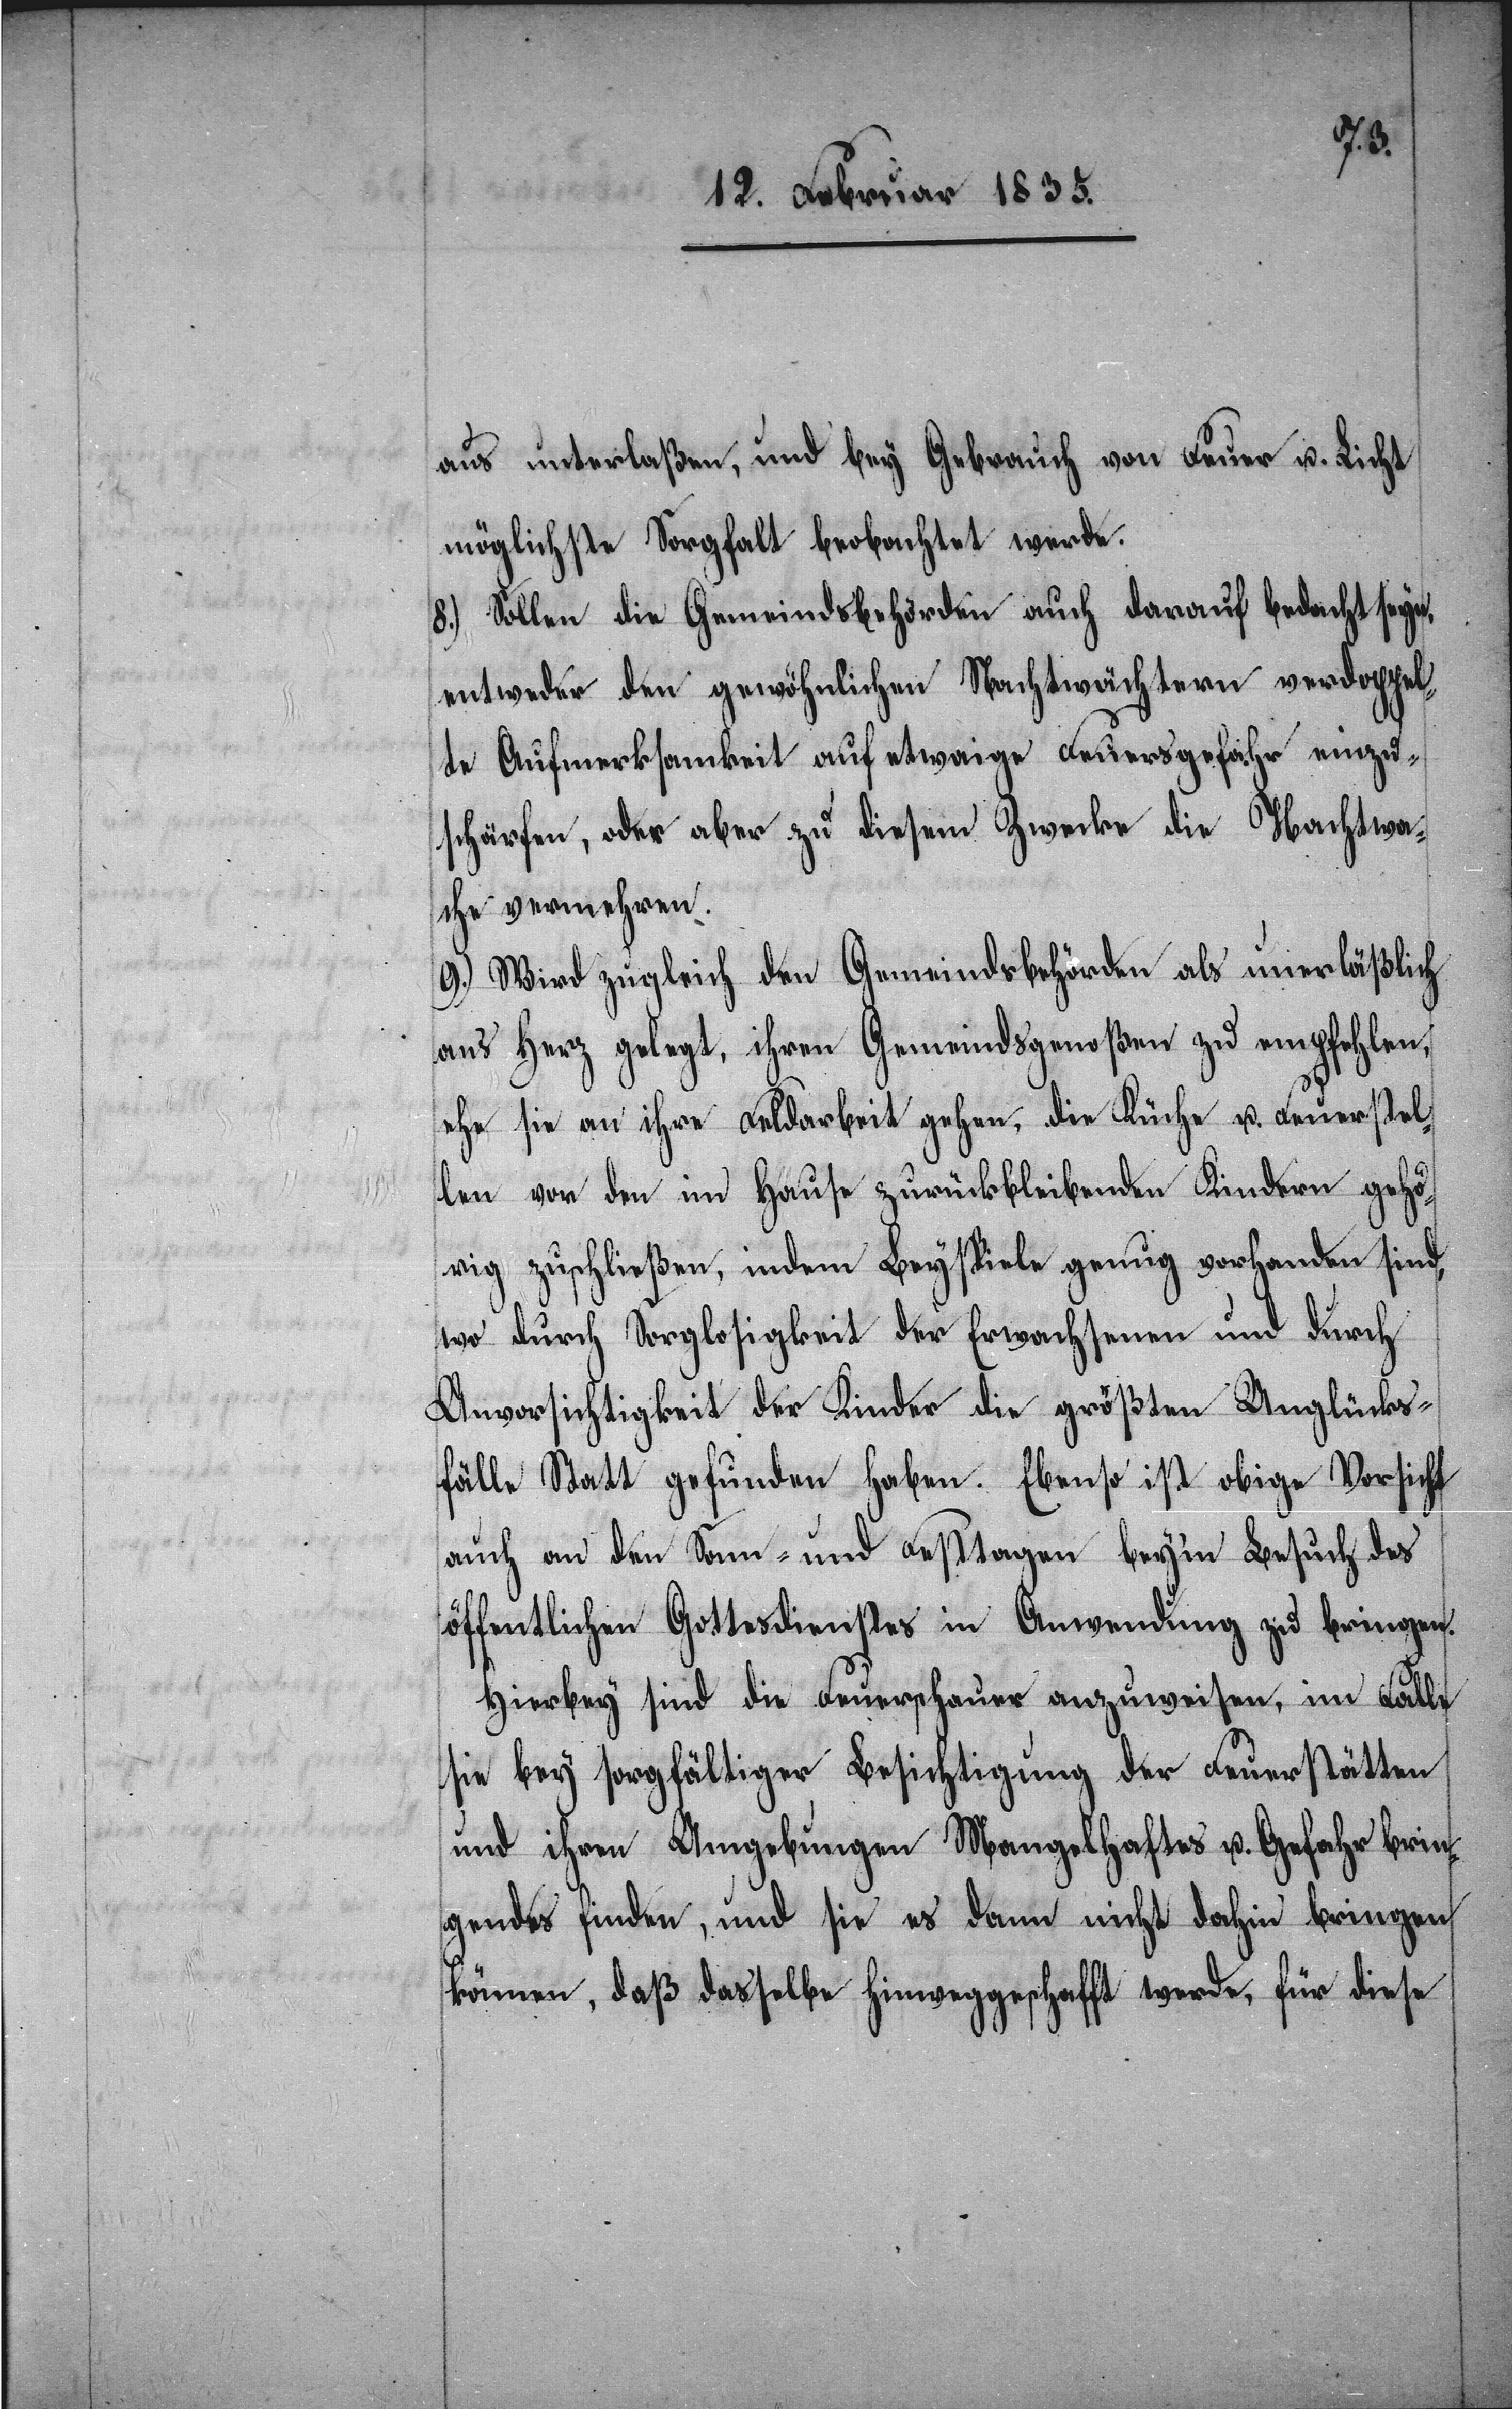
aus unterlaßen, und bey Gebrauch von Feuer u. Licht
möglichste Sorgfalt beobachtet werde.
8.) Sollen die Gemeindsbehörden auch darauf bedacht seyn,
entweder den gewöhnlichen Nachtwächtern verdoppel¬
te Aufmerksamkeit auf etwaige Feuersgefahr einzu¬
schärfen, oder aber zu diesem Zwecke die Nachtwa¬
che vermehren.
9.) Wird zugleich den Gemeindsbehörden als unerläßlich
ans Herz gelegt, ihren Gemeindsgenoßen zu empfehlen,
ehe sie an ihre Feldarbeit gehen, die Küche u. Feuerstel¬
le von den im Hause zurückbleibenden Kindern gehö¬
rig zuschließen, indem Beyspiele genug vorhanden sind,
wo durch Sorglosigkeit der Erwachsenen und durch
Unvorsichtigkeit der Kinder die größten Unglücks¬
fälle Statt gefunden haben. Ebenso ist obige Vorsicht
auch an den Sonn- und Festtagen beym Besuch des
öffentlichen Gottesdienstes in Anwendung zu bringen.
Hierbey sind die Feuerschauer anzuweisen, im Falle
sie bey sorgfältiger Besichtigung der Feuerstätten
und ihren Umgebungen Mangelhaftes u. Gefahr brin¬
gendes finden, und sie es dann nicht dahin bringen
können, daß dasselbe hinweggeschafft werde, für diese